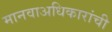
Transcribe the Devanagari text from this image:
मानवाअधिकारांची